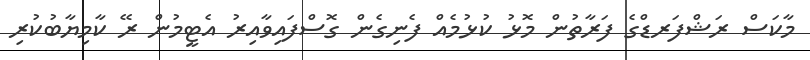
މާކަސް ރަޝްފަރޑްގެ ފަރާތުން މޮޅު ކުޅުމެއް ފެނިގެން ގޮސްފައިވާއިރު އެޓީމުން ރޭ ކާމިޔާބުކުރި